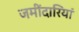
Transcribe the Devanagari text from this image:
जमींदारियां